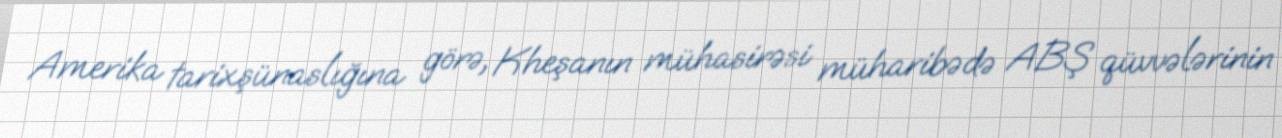
Amerika tarixşünaslığına görə, Kheşanın mühasirəsi müharibədə ABŞ qüvvələrinin